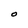
Character: O